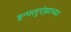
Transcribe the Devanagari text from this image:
इन्फ्लुएंझाच्या